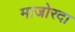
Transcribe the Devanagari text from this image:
माजोरदा